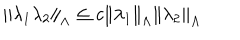
LaTeX: \left\| \lambda _ { 1 } \lambda _ { 2 } \right\| _ { \Lambda } \leq c \left\| \lambda _ { 1 } \right\| _ { \Lambda } \left\| \lambda _ { 2 } \right\| _ { \Lambda }